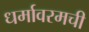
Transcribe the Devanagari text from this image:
धर्मावरमची